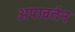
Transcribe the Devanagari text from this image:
अपावर्तन